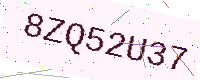
Text: 8ZQ52U37